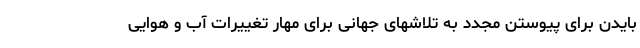
بایدن برای پیوستن مجدد به تلاشهای جهانی برای مهار تغییرات آب و هوایی